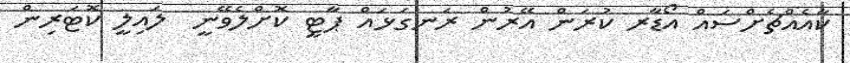
ކާއެއްޗެށްސައް އޯޑާރ ކުރަން އޭރުން ރަނގަޅައް ޕާޓީ ކޮށްލެވޭނީ  ލައިލީ ކޮޓަރިން